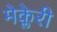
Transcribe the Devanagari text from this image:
मेक्लेरी